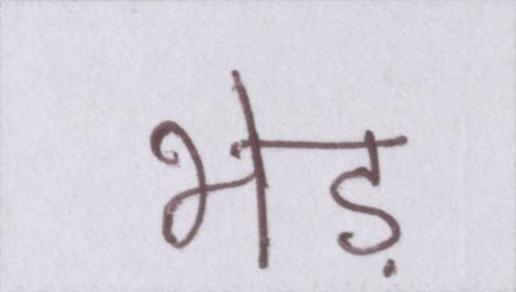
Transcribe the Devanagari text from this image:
भेड़